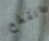
انقطع